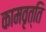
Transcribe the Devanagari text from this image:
कामवृत्ति